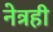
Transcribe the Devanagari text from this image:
नेत्रही